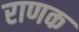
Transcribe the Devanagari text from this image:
राणक